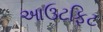
આઉટફિટ